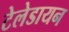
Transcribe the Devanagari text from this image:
टेलेडायन